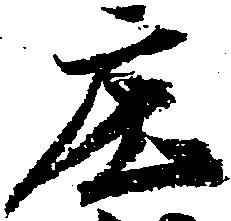
庄